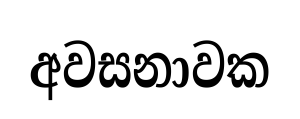
අවසනාවක